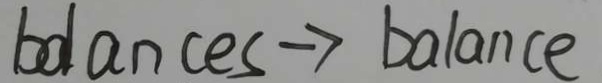
b d a n c e s \rightarrow b a l a n c e